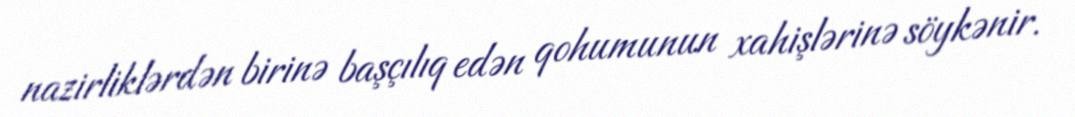
nazirliklərdən birinə başçılıq edən qohumunun xahişlərinə söykənir.